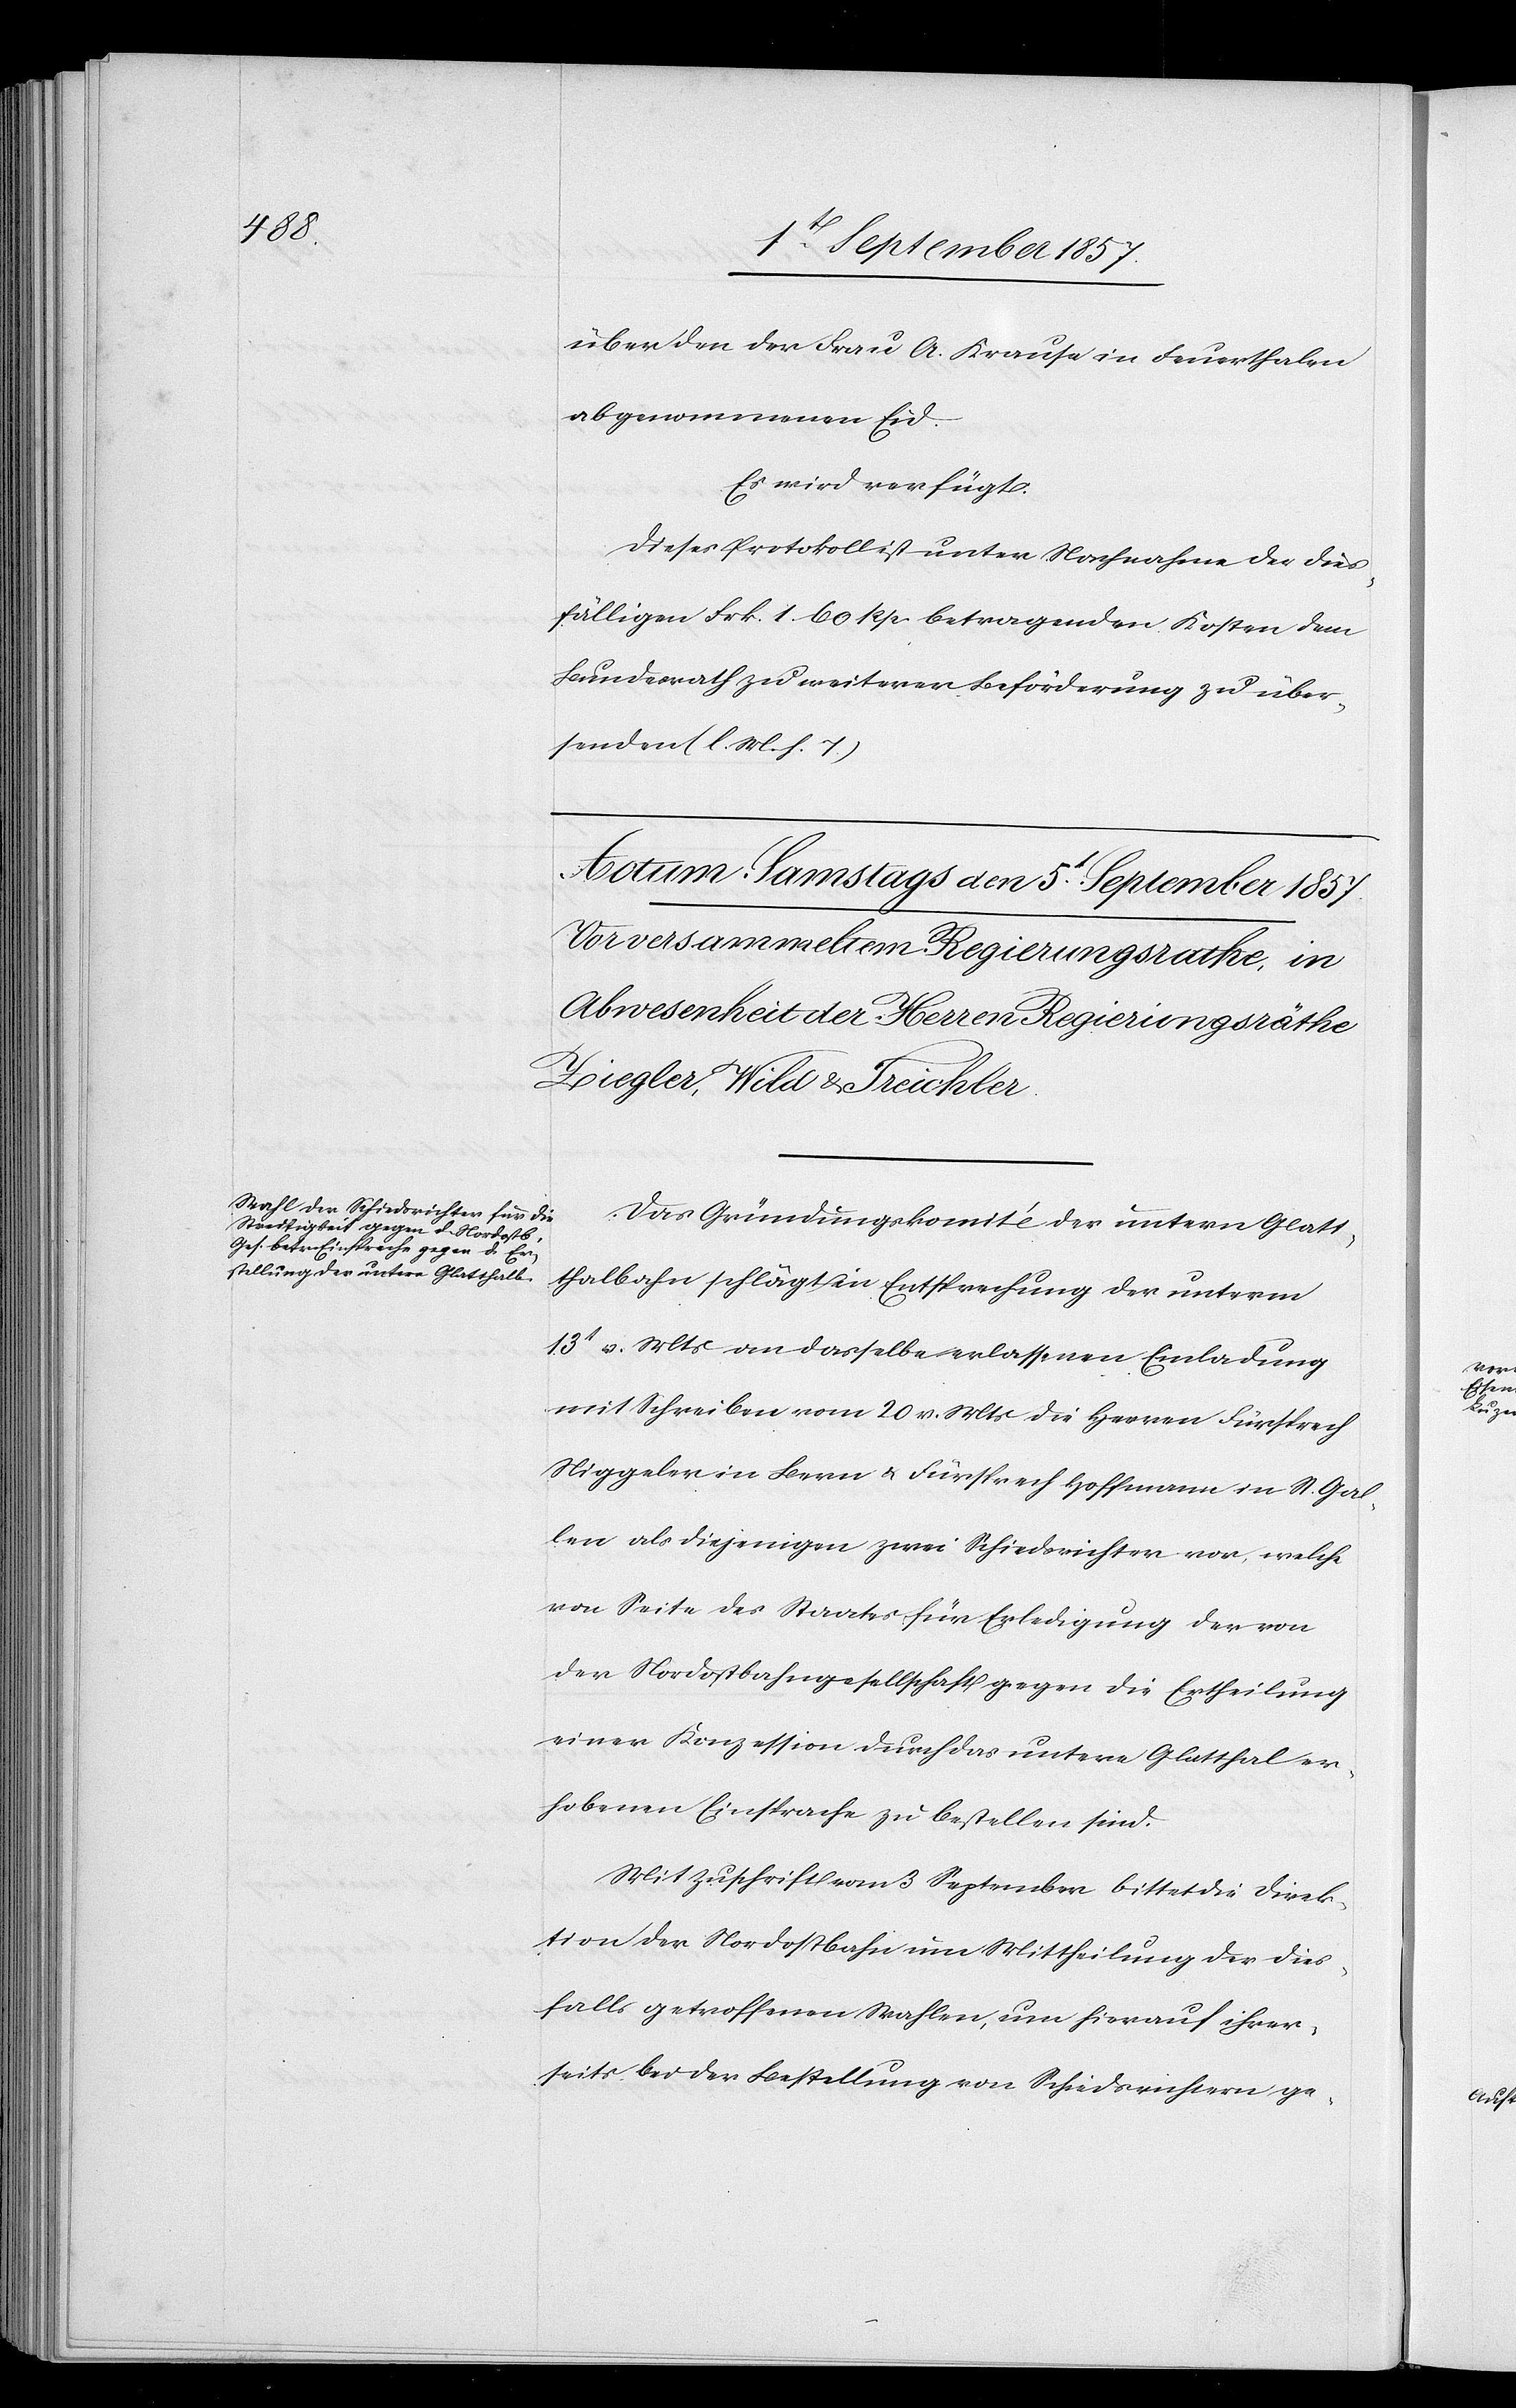
über den der Frau A. Krause in Feuerthalen
abgenommenen Eid.
Es wird verfügt:
Dieses Protokoll unter Nachnahme des dies¬
fälligen Frk. 1. 60 Rp. betragenden Kosten dem
Bundesrath zu weiterer Beförderung zu über¬
senden [l. M. h. T].
Das Gründungskomité der untern Glatt¬
thalbahn schlägt in Entsprechung der unterm
13t v. Mts. an dasselbe erlassenen Einladung
mit Schreiben vom 20 v. Mts. die Herrn Fürsprech
Niggeler in Bern & Fürsprech Hoffmann in St. Gal¬
len als diejenigen zwei Schiedsrichter vor, welche
von Seite des Staates für Erledigung der von
der Nordostbahngesellschaft gegen die Ertheilung
einer Konzession durch das untere Glatthal er¬
hobenen Einsprache zu bestellen sind.
Mit Zuschrift vom 3 September bittet die Direk¬
tion der Nordostbahn um Mittheilung der dies¬
falls getroffenen Wahlen, um hierauf ihrer¬
seits bei der Bestellung von Schiedsrichtern ge-